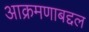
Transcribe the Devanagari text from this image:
आक्रमणाबद्दल